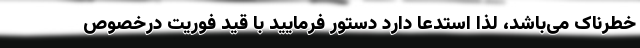
خطرناک می‌باشد، لذا استدعا دارد دستور فرمایید با قید فوریت درخصوص